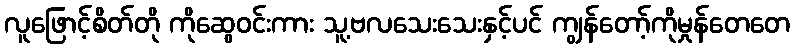
လူဖြောင့်စိတ်တို ကိုဆွေဝင်းကား သူ့ဗလသေးသေးနှင့်ပင် ကျွန်တော့်ကိုမှုန်တေတေ